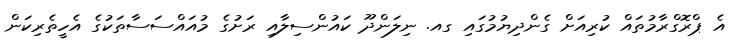
އެ ޕްރޮގްރާމުތައް ކުރިއަށް ގެންދިޔުމުގައި ގއ. ނިލަންދޫ ކައުންސިލާއި ރަށުގެ މުއައްސަސާތަކުގެ އެހީތެރިކަން